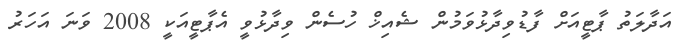
އަދާލަތު ޕާޓީއަށް ފާޑުވިދާޅުވަމުން ޝެއިޚް ހުސެން ވިދާޅުވީ އެޕާޓީއަކީ 2008 ވަނަ އަހަރު